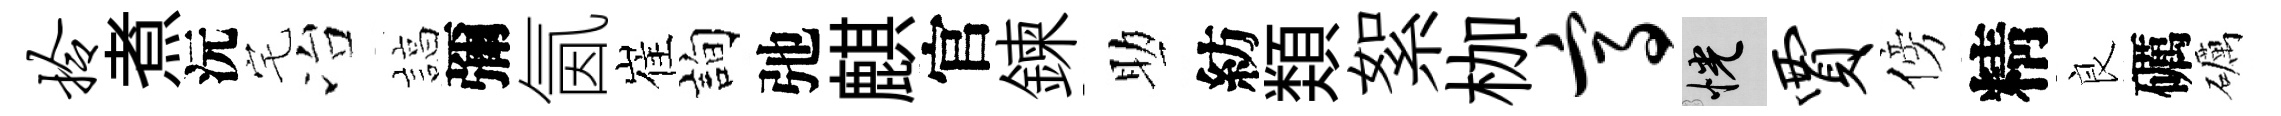
拎煮沅宅冶諄彌氤崔詢弛麒官鍊助紡𩔖絮枷高恍贾傍精良礪礪